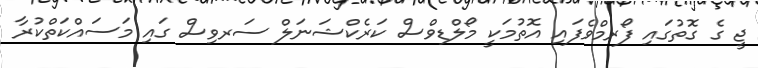
ޖީ ގެ ގޮތުގައި ފޯރމްވެފައި އޮތުމަކީ މޯލްޑިވްސް ކަރެކްޝަނަލް ސަރވިސް ގައި މަސައްކަތްކުރާ